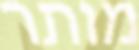
מותר